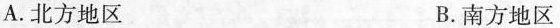
A.北方地区 B.南方地区